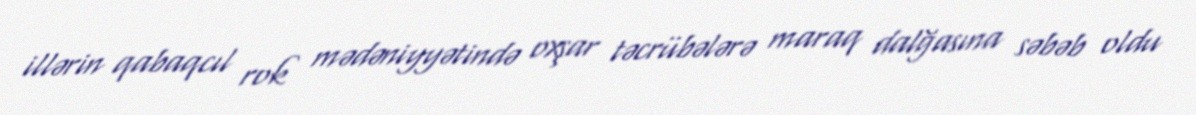
illərin qabaqcıl rok mədəniyyətində oxşar təcrübələrə maraq dalğasına səbəb oldu